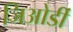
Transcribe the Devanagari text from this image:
जिओर्डी